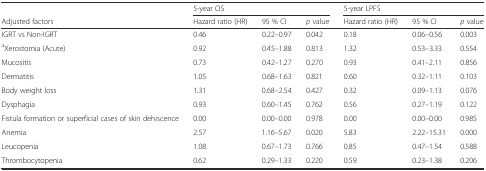
|  | <COLSPAN=3> 5-year OS | <COLSPAN=3> 5-year LPFS |
 | Adjusted factors | Hazard ratio (HR) | 95 % CI | p value | Hazard ratio (HR) | 95 % CI | p value |
 | --- | --- | --- | --- | --- | --- | --- |
 | IGRT vs Non-IGRT | 0.46 | 0.22–0.97 | 0.042 | 0.18 | 0.06–0.56 | 0.003 |
 | aXerostomia (Acute) | 0.92 | 0.45–1.88 | 0.813 | 1.32 | 0.53–3.33 | 0.554 |
 | Mucositis | 0.73 | 0.42–1.27 | 0.270 | 0.93 | 0.41–2.11 | 0.856 |
 | Dermatitis | 1.05 | 0.68–1.63 | 0.821 | 0.60 | 0.32–1.11 | 0.103 |
 | Body weight loss | 1.31 | 0.68–2.54 | 0.427 | 0.32 | 0.09–1.13 | 0.076 |
 | Dysphagia | 0.93 | 0.60–1.45 | 0.762 | 0.56 | 0.27–1.19 | 0.122 |
 | Fistula formation or superficial cases of skin dehiscence | 0.00 | 0.00–0.00 | 0.978 | 0.00 | 0.00–0.00 | 0.985 |
 | Anemia | 2.57 | 1.16–5.67 | 0.020 | 5.83 | 2.22–15.31 | 0.000 |
 | Leucopenia | 1.08 | 0.67–1.73 | 0.766 | 0.85 | 0.47–1.54 | 0.588 |
 | Thrombocytopenia | 0.62 | 0.29–1.33 | 0.220 | 0.59 | 0.23–1.38 | 0.206 |